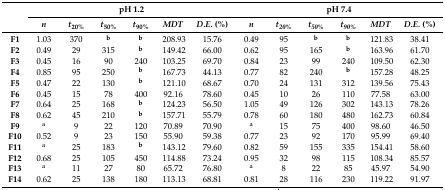
<table><thead><tr><td rowspan="2"></td><td colspan="6"><b>pH 1.2</b></td><td colspan="6"><b>pH 7.4</b></td></tr><tr><td><b><i>n</i></b></td><td><b><i>t</i><sub>20%</sub></b></td><td><b><i>t</i><sub>50%</sub></b></td><td><b><i>t</i><sub>90%</sub></b></td><td><b><i>MDT</i></b></td><td><b><i>D.E.</i> (%)</b></td><td><b><i>n</i></b></td><td><b><i>t<sub>20%</sub></i></b></td><td><b><i>t<sub>50%</sub></i></b></td><td><b><i>t<sub>90%</sub></i></b></td><td><b><i>MDT</i></b></td><td><b><i>D.E.</i> (%)</b></td></tr></thead><tbody><tr><td><b>F1</b></td><td>1.03</td><td>370</td><td><b><sup>b</sup></b></td><td><b><sup>b</sup></b></td><td>208.93</td><td>15.76</td><td>0.49</td><td>95</td><td><b><sup>b</sup></b></td><td><b><sup>b</sup></b></td><td>121.83</td><td>38.41</td></tr><tr><td><b>F2</b></td><td>0.49</td><td>29</td><td>315</td><td><b><sup>b</sup></b></td><td>149.42</td><td>66.00</td><td>0.62</td><td>95</td><td>165</td><td><b><sup>b</sup></b></td><td>163.96</td><td>61.70</td></tr><tr><td><b>F3</b></td><td>0.45</td><td>16</td><td>90</td><td>240</td><td>103.25</td><td>69.70</td><td>0.84</td><td>23</td><td>99</td><td>240</td><td>109.50</td><td>62.30</td></tr><tr><td><b>F4</b></td><td>0.85</td><td>95</td><td>250</td><td><b><sup>b</sup></b></td><td>167.73</td><td>44.13</td><td>0.77</td><td>82</td><td>240</td><td><b><sup>b</sup></b></td><td>157.28</td><td>48.25</td></tr><tr><td><b>F5</b></td><td>0.47</td><td>22</td><td>130</td><td><b><sup>b</sup></b></td><td>121.10</td><td>68.67</td><td>0.70</td><td>24</td><td>131</td><td>312</td><td>139.56</td><td>75.43</td></tr><tr><td><b>F6</b></td><td>0.45</td><td>15</td><td>78</td><td>400</td><td>92.16</td><td>78.60</td><td>0.45</td><td>10</td><td>26</td><td>110</td><td>77.58</td><td>63.00</td></tr><tr><td><b>F7</b></td><td>0.64</td><td>25</td><td>168</td><td><b><sup>b</sup></b></td><td>124.23</td><td>56.50</td><td>1.05</td><td>49</td><td>126</td><td>302</td><td>143.13</td><td>78.26</td></tr><tr><td><b>F8</b></td><td>0.62</td><td>45</td><td>210</td><td><b><sup>b</sup></b></td><td>157.71</td><td>55.79</td><td>0.78</td><td>60</td><td>180</td><td>480</td><td>162.73</td><td>60.84</td></tr><tr><td><b>F9</b></td><td><sup>a</sup></td><td>9</td><td>22</td><td>120</td><td>70.89</td><td>70.90</td><td><sup>a</sup></td><td>15</td><td>75</td><td>400</td><td>98.60</td><td>46.50</td></tr><tr><td><b>F10</b></td><td>0.52</td><td>9</td><td>23</td><td>150</td><td>55.90</td><td>59.38</td><td>0.77</td><td>23</td><td>92</td><td>170</td><td>95.99</td><td>69.40</td></tr><tr><td><b>F11</b></td><td><sup>a</sup></td><td>25</td><td>183</td><td><b><sup>b</sup></b></td><td>143.12</td><td>79.60</td><td>0.82</td><td>59</td><td>155</td><td>335</td><td>154.41</td><td>58.60</td></tr><tr><td><b>F12</b></td><td>0.68</td><td>25</td><td>105</td><td>450</td><td>114.88</td><td>73.24</td><td>0.95</td><td>32</td><td>98</td><td>115</td><td>108.34</td><td>85.57</td></tr><tr><td><b>F13</b></td><td><sup>a</sup></td><td>11</td><td>27</td><td>80</td><td>65.72</td><td>76.80</td><td><sup>a</sup></td><td>8</td><td>22</td><td>85</td><td>45.97</td><td>54.90</td></tr><tr><td><b>F14</b></td><td>0.62</td><td>25</td><td>138</td><td>180</td><td>113.13</td><td>68.81</td><td>0.81</td><td>28</td><td>116</td><td>230</td><td>119.22</td><td>91.97</td></tr></tbody></table>